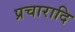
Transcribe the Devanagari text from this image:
प्रचारादि